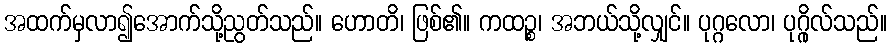
အထက်မှလာ၍အောက်သို့ညွတ်သည်။ ဟောတိ၊ ဖြစ်၏။ ကထဉ္စ၊ အဘယ်သို့လျှင်။ ပုဂ္ဂလော၊ ပုဂ္ဂိုလ်သည်။